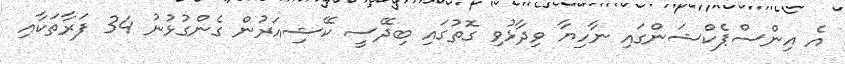
އެ އިންސްޕެކްޝަންގައި ނާހިޔާ ވިދާޅުވި ގޮތުގައި ބިދޭސީ ކޭޝިއަރުން ގެންގުޅުނު 34 ފަރާތަކާއި